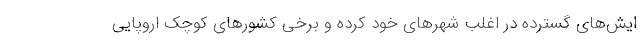
ایش‌های گسترده در اغلب شهرهای خود کرده و برخی کشورهای کوچک‌ اروپایی